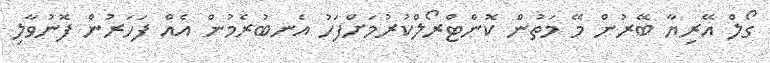
ގޯލް އޭރިޔާ ބޭރުން މޭ މަތުން ކޮންޓްރޯލްކުރުމަށްފަހު އެނބުރެމުން އެއް ފަހަރުން ފޮނުވާލި